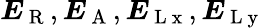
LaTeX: \boldsymbol{E}_{\mathrm{~R~}},\boldsymbol{E}_{\mathrm{~A~}},\boldsymbol{E}_{\mathrm{~L~x~}},\boldsymbol{E}_{\mathrm{~L~y~}}